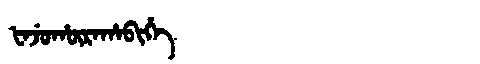
Manchu: ᡶᠠᠵᡠᡥᡡᡵᠠᡥᠠᠪᡳᡥᡝ
Romanization: FAJUHŪRAHABIHE